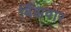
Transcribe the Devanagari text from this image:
बिँझवार